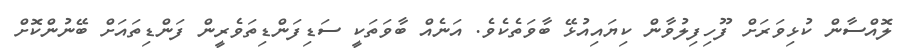
ލޮއްސާން ކުޅިވަރަށް ފޫހިފިލުވާން ކިޔައިއުޅޭ ބާވަތެކެވެ. އަނެއް ބާވަތަކީ ސަޑިފަންޑިތަވެރީން ފަންޑިތައަށް ބޭނުންކޮށް